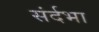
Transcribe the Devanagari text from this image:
संर्दभा